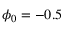
\phi _ { 0 } = - 0 . 5